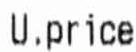
U.PRICE